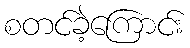
စတင်ခဲ့ကြောင်း